Leaving Certificate Examination (including Day School Certificate (Higher) General paper), 1931
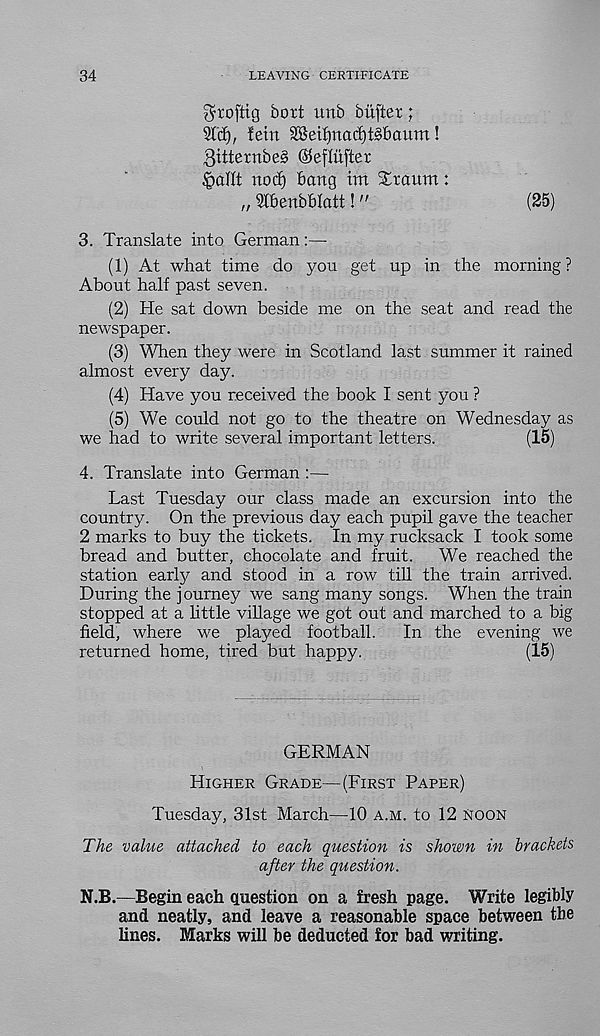
34
LEAVING CERTIFICATE
$toftig bort unb biifier;
31(f), fetn 2&eif)nacf)t§f>aum!
3itternbeg (Seflufter
^(xHt nocE) bang tm Sraum:
„ Slbenbblatt!"
(25)
3. Translate into German:—
(1) At what time do you get up in the morning ?
About half past seven.
(2) He sat down beside me on the seat and read the
newspaper.
(3) When they were in Scotland last summer it rained
almost every day.
(4) Have you received the book I sent you ?
(5) We could not go to the theatre on Wednesday as
we had to write several important letters.
(15)
4. Translate into German :—
Last Tuesday our class made an excursion into the
country. On the previous day each pupil gave the teacher
2 marks to buy the tickets. In my rucksack I took some
bread and butter, chocolate and fruit.
We reached the
station early and stood in a row till the train arrived.
During the journey we sang many songs. When the train
stopped at a little village we got out and marched to a big
field, where we played football.
In the evening we
returned home, tired but happy.
(15)
GERMAN
Higher Grade—(First Paper)
Tuesday, 31st March—10 a.m. to 12 noon
The value attached to each question is shown in brackets
after the question.
N.B.—Begin each question on a fresh page. Write legibly
and neatly, and leave a reasonable space between the
lines. Marks will be deducted for bad writing.